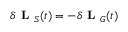
\delta \textbf { L } _ { S } ( t ) = - \delta \textbf { L } _ { G } ( t )